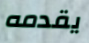
يقدمه